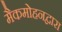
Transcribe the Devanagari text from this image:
मैकमोहनद्वारा